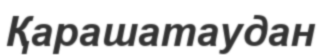
Қарашатаудан